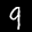
Label: 9